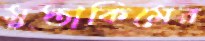
মুস্তাকিমের